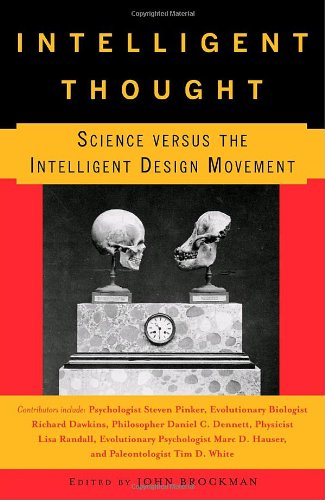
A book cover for Intelligent Thought: Science versus the Intelligent Design Movement; Science & Math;